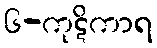
၆-ကုဋိကာရ